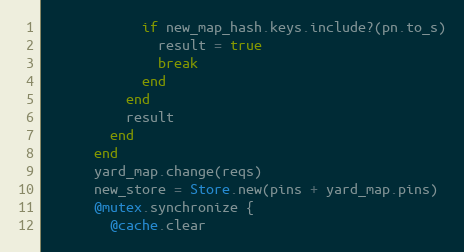
Language: Ruby
            if new_map_hash.keys.include?(pn.to_s)
              result = true
              break
            end
          end
          result
        end
      end
      yard_map.change(reqs)
      new_store = Store.new(pins + yard_map.pins)
      @mutex.synchronize {
        @cache.clear